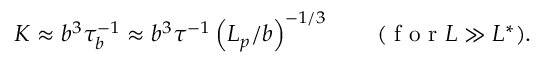
K \approx b ^ { 3 } \tau _ { b } ^ { - 1 } \approx b ^ { 3 } \tau ^ { - 1 } \left( { L _ { p } } / b \right) ^ { - 1 / 3 } \qquad ( \mathrm { ~ f ~ o ~ r ~ } L \gg L ^ { * } ) .